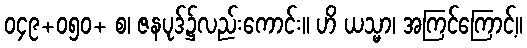
၀၄၉+၀၅၀+ စ၊ ဇနပုဒ်၌လည်းကောင်း။ ဟိ ယသ္မာ၊ အကြင်ကြောင့်။